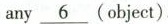
any\underline{6}(object).